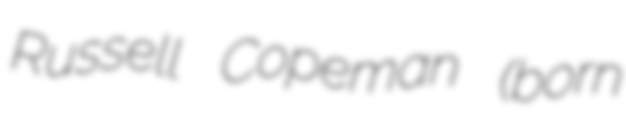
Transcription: Russell Copeman (born